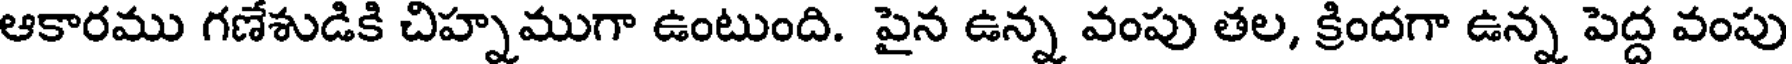
ఆకారము గణేశుడికి చిహ్నముగా ఉంటుంది. పైన ఉన్న వంపు తల, క్రిందగా ఉన్న పెద్ద వంపు